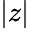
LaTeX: \vert z\vert